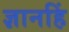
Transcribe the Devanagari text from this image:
ज्ञानहिं